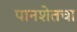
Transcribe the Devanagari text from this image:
पानशेतचा